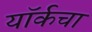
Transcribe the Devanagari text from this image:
यॉर्कचा